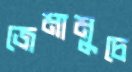
জেমামুচে